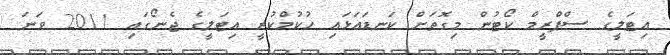
އިޓަލީގެ ސްޕްރީމް ކޯޓުން މިގޮތަށް ކަނޑައަޅައި ހުކުމްކުރީ އިޓަލީގެ ޖެނޯގައި 2011 ވަނަ